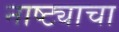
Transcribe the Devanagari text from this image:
नाष्ट्याचा